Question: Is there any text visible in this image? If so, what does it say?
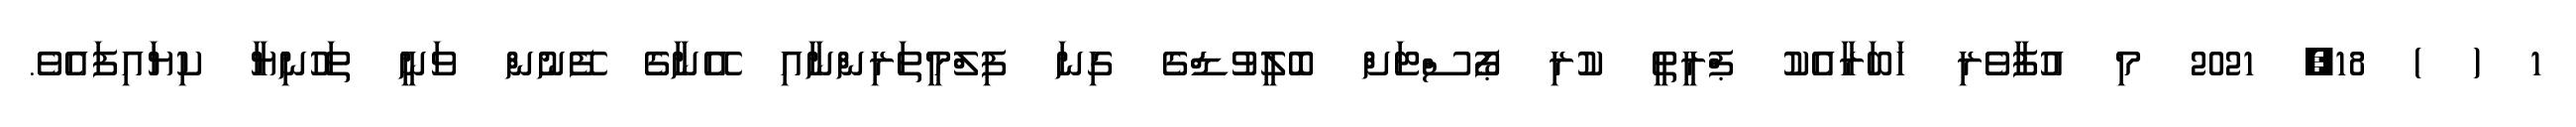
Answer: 1 ( ) 18, 2021 މި އުފާވެރި ޚަބަރާއެކު ޕްރީތީ ކުރި ޕޯސްޓަށް ބޮލީވުޑްގެ ގިނަ ފިލްމީތަރިންނާއި އޭނާގެ ފޭނުން ވަނީ ތަހުނިޔާ ކިޔައިފައެވެ.